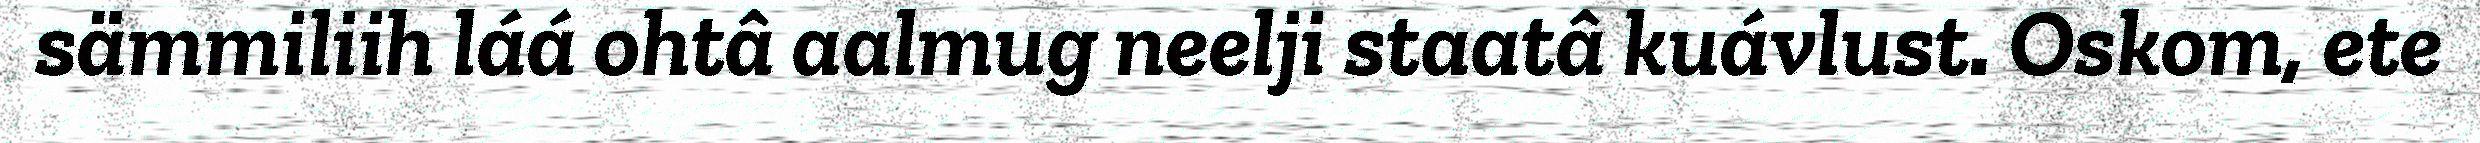
sämmiliih láá ohtâ aalmug neelji staatâ kuávlust. Oskom, ete